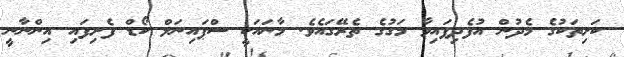
ކަށިތަކުގެ މެދުން އުފެދިފައިވާ މަގުގެ ތެރޭގައެވެ. މާނައަކީ ސްޕައިނަލް ކޯޑް ފެށިފައި އިންނާނީ